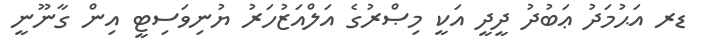
ޑރ އަޙުމަދު ޢަބުދު ދީދީ އަކީ މިޞްރުގެ އަލްއަޒުހަރު ޔުނިވަސިޓީ އިން ގާނޫނީ